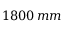
1 8 0 0 \, m m